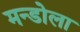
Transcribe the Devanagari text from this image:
मन्डोला